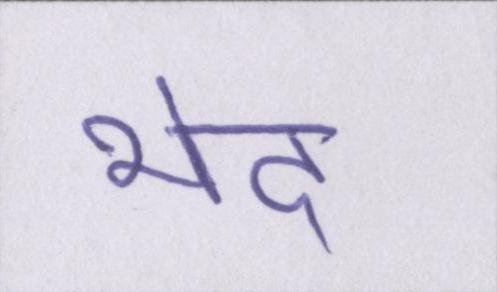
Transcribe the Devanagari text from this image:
भेद